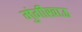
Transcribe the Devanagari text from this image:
मुंगीखाऊ